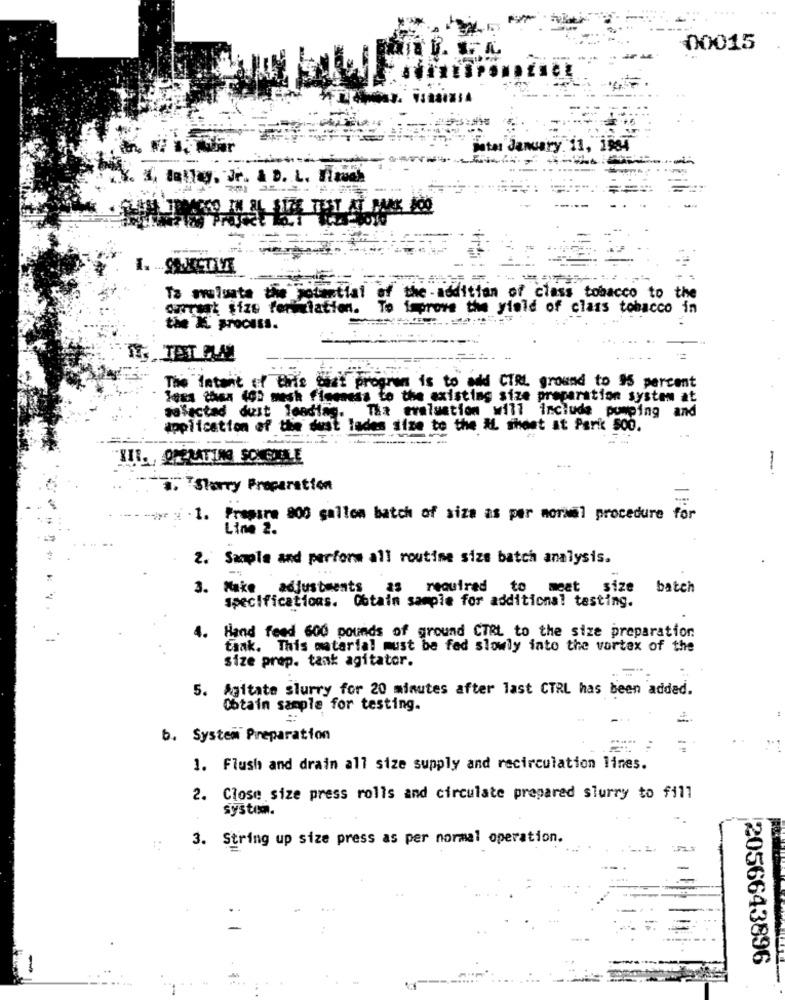
00015
1984
V. X, Ballay, Jr. & D. L. Iiauch
Ta mulusta the jotertial
the -
tian of class tobacco to the
Current size feritiation.
the ylold of class tobacco in
the & proCISs.
The latent of this chat program is to add CTRL ground to 95 percent
lees thisa 4OD mesh fineness to the existing size preparation system at
Tha evaluation will include pumping and
salactad dust lending.
application of the dust lades size to the IL sheet st Park 500.
HIL. OPERATING SONETLE
. Sorry Proparation
=
ye 2 . 1. Prepare 800 gallon batch of siza as per normal procedure for
Line 2.
2. Sample and perforw all routine sizs batch analysis.
3. Make
adjustments as required
to
meat
size
batch
specifications. Obtain sample for additional testing.
4. Hand feed 600 pounds of ground CTRL to the size preparation
taak. This material must be fed slowly into the vortex of the
Size prep. tank agitator.
5. Agitate slurry for 20 minutes after last CTRL has been added.
Obtain sample for testing.
b. System Preparation
1. Flush and drain all size supply and recirculation lines.
2. Close size press rolls and circulate prepared slurry to f111
system.
3. String up size press as per normal operation.
2056643896